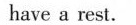
have a rest。